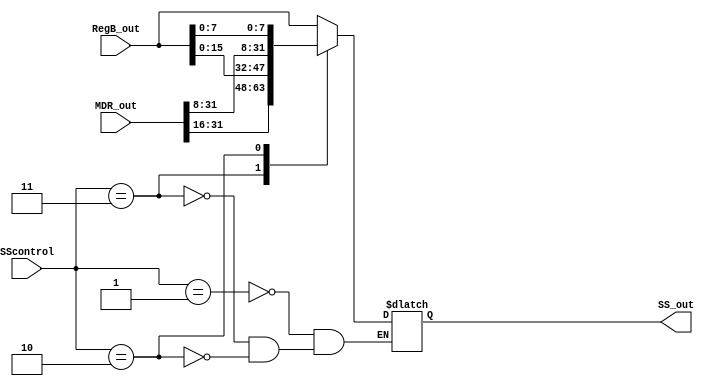
module StoreSize(
    input wire [1:0] SScontrol,
    input wire [31:0] RegB_out,
    input wire [31:0] MDR_out,

    output reg [31:0] SS_out
);

    always @(*) begin
        case (SScontrol)
            2'b01: // sw
                SS_out <= RegB_out;
            2'b11: // sh
                SS_out <= {MDR_out[31:16], RegB_out[15:0]};
            2'b10: // sb
                SS_out <= {MDR_out[31:8], RegB_out[7:0]};
        endcase
    end
endmodule